Report of the Indian Hemp Drugs Commission, 1894-1895 - Volume VI
Year: 1894
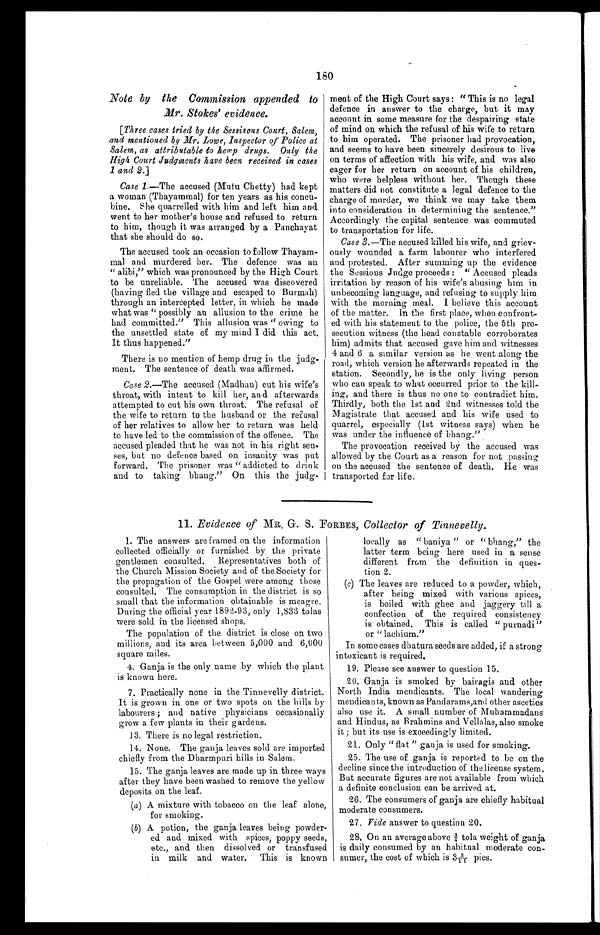
180
Note by the Commission appended to
Mr. Stokes' evidence.
[Three cases tried by the Sessisons Court, Salem,
and mentioned by Mr. Lowe, Inspector of Police at
Salem, as attributable to hemp drugs. Only the
High Court Judgments have been received in cases
1 and 2.]
Case 1.—The accused (Mutu Chetty) had kept
a woman (Thayammal) for ten years as his concu--
bine. She quarrelled with him and left him and
went to her mother's house and refused to return
to him, though it was arranged by a Panchayat
that she should do so.
The accused took an occasion to follow
T h a y a m - m a l a n d m u r d e r e d h e r . T h e d e f e n c e w a s a n
" alibi," which was pronounced by the High Court
to be unreliable. The accused was discovered
(having fled the village and escaped to Burmah)
through an intercepted letter, in which he made
what was " possibly an allusion to the crime he
had committed." This allusion was " owing to
the unsettled state of my mind I did this act.
It thus happened."
There is no mention of hemp drug in the judg--
ment. The sentence of death was affirmed.
Case 2.—The accused (Madhan) cut his wife's
throat, with intent to kill her, and afterwards
attempted to cut his own throat. The refusal of
the wife to return to the husband or the refusal
of her relatives to allow her to return was held
to have led to the commission of the offence. The
accused pleaded that he was not in his right sen-
ses, but no defence based on insanity was put
forward. The prisoner was " addicted to drink
and to taking bhang." On this the judg-
ment of the High Court says : " This is no legal
defence in answer to the charge, but it may
account in some measure for the despairing state
of mind on which the refusal of his wife to return
to him operated. The prisoner had provocation,
and seems to have been sincerely desirous to live
on terms of affection with his wife, and was also
eager for her return on account of his children,
who were helpless without her. Though these
matters did not constitute a legal defence to the
charge of murder, we think we may take them
into consideration in determining the sentence."
Accordingly the capital sentence was commuted
to transportation for life.
Case 3.—The accused killed his wife, and griev-
ously wounded a farm labourer who interfered
and protested. After summing up the evidence
the Sessions Judge proceeds : " Accused pleads
irritation by reason of his wife's abusing him in
unbecoming language, and refusing to supply him
with the morning meal. I believe this account
of the matter. In the first place, when confront--
ed with his statement to the police, the 5th pro-
secution witness (the head constable corroborates
him) admits that accused gave him and witnesses
4 and 6 a similar version as he went along the
road, which version he afterwards repeated in the
station. Secondly, he is the only living person
who can speak to what occurred prior to the kill--
ing, and there is thus no one to contradict him.
Thirdly, both the 1st and 2nd witnesses told the
Magistrate that accused and his wife used to
quarrel, especially (1st witness says) when he
was under the influence of bhang."
The provocation received by the accused was
allowed by the Court as a reason for not passing
on the accused the sentence of death. He was
transported for life.
11. Evidence of MR. G. S. FORBES, Collector of Tinnevelly.
1. The answers are framed on the information
collected officially or furnished by the private
gentlemen consulted. Representatives both of
the Church Mission Society and of the Society for
the propagation of the Gospel were among those
consulted. The consumption in the district is so
small that the information obtainable is meagre.
During the official year 1892-93, only 1,833 tolas
were sold in the licensed shops.
The population of the district is close on two
millions, and its area between 5,000 and 6,000
square miles.
Ganja is the only name by which the plant
is known here.
7. Practically none in the Tinnevelly district.
It is grown in one or two spots on the hills by
labourers ; and native physicians occasionally
grow a few plants in their gardens.
13. There is no legal restriction.
14. None. The ganja leaves sold are imported
chiefly from the Dharmpuri hills in Salem.
15. The ganja leaves are made up in three ways
after they have been washed to remove the yellow
deposits on the leaf.
(a) A mixture with tobacco on the leaf alone,
for smoking.
(b) A potion, the ganja leaves being powder--
ed and mixed with spices, poppy seeds,
etc., and then dissolved or transfused
in milk and water. This is known
locally as " baniya " or " bhang," the
latter term being here used in a sense
different from the definition in ques-
tion 2.
(c) The leaves are reduced to a powder, which,
after being mixed with various spices,
is boiled with ghee and jaggery till a
confection of the required consistency
is obtained. This is called " purnadi"
or " lachium."
In some cases dhatura seeds are added, if a strong
intoxicant is required.
19. Please see answer to question 15.
20. Ganja is smoked by bairagis and other
North India mendicants. The local wandering
mendicants, known as Pandarams, and other ascetics
also use it. A small number of Muhammadans
and Hindus, as Brahmins and Vellalas, also smoke
it ; but its use is exceedingly limited.
21. Onl y " f l at " ganj a i s us ed f or s moki ng.
25. The use of ganja is reported to be on the
decline since the introduction of the license system.
But accurate figures are not available from which
a definite conclusion can be arrived at.
26. The consumers of ganja are chiefly habitual
moderate consumers.
27. Vide answer to question 20.
28. On an average above ¾ t o l a w e i g h t o f g a n j a
is daily consumed by an habitual moderate con-
sumer, the cost of which is 33/11 pies.